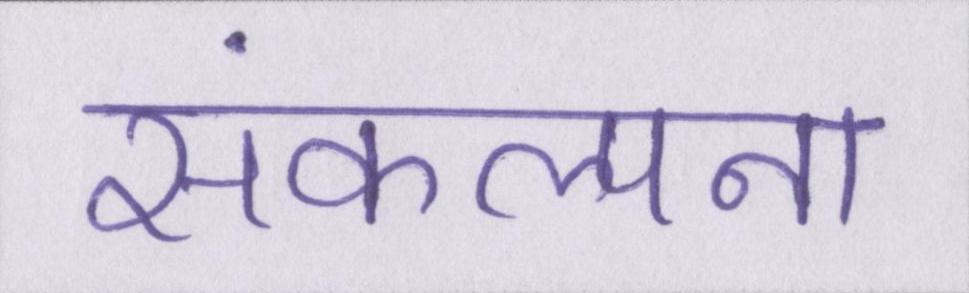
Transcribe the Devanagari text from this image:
संकल्पना